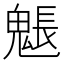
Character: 𩳤